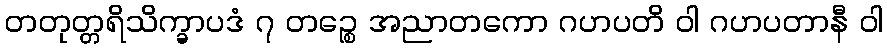
တတုတ္တရိသိက္ခာပဒံ ၇ တဉ္စေ အညာတကော ဂဟပတိ ဝါ ဂဟပတာနီ ဝါ